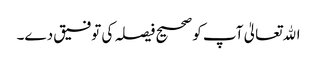
اﷲتعالیٰ آپ کو صحیح فیصلہ کی توفیق دے۔